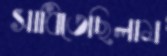
সাধিতেছিলাম